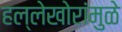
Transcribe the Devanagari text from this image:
हल्लेखोरांमुळे